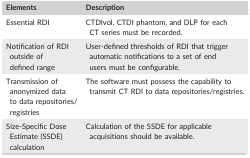
| Elements | Description |
 | --- | --- |
 | Essential RDI | CTDIvol, CTDI phantom, and DLP for each CT series must be recorded. |
 | Notification of RDI outside of defined range | User‐defined thresholds of RDI that trigger automatic notifications to a set of end users must be configurable. |
 | Transmission of anonymized data to data repositories/registries | The software must possess the capability to transmit CT RDI to data repositories/registries. |
 | Size‐Specific Dose Estimate (SSDE) calculation | Calculation of the SSDE for applicable acquisitions should be available. |